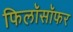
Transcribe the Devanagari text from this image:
फिलॉसॉफर